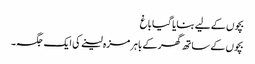
بچوں کے لیے بنایا گیا باغ
بچوں کے ساتھ گھر کے باہر مزہ لینے کی ایک جگہ۔